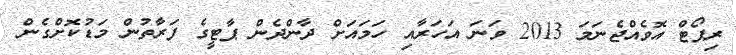
ރިޕޯޓް އޮވެއްޖެނަމަ 2013 ވަނަ އަހަރާއި ހަމައަށް ދާންދެން ޕާޓީގެ ފަރާތުން މަޑުކޮށްގެން